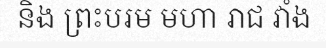
និង ព្រះបរម មហា រាជ វាំង